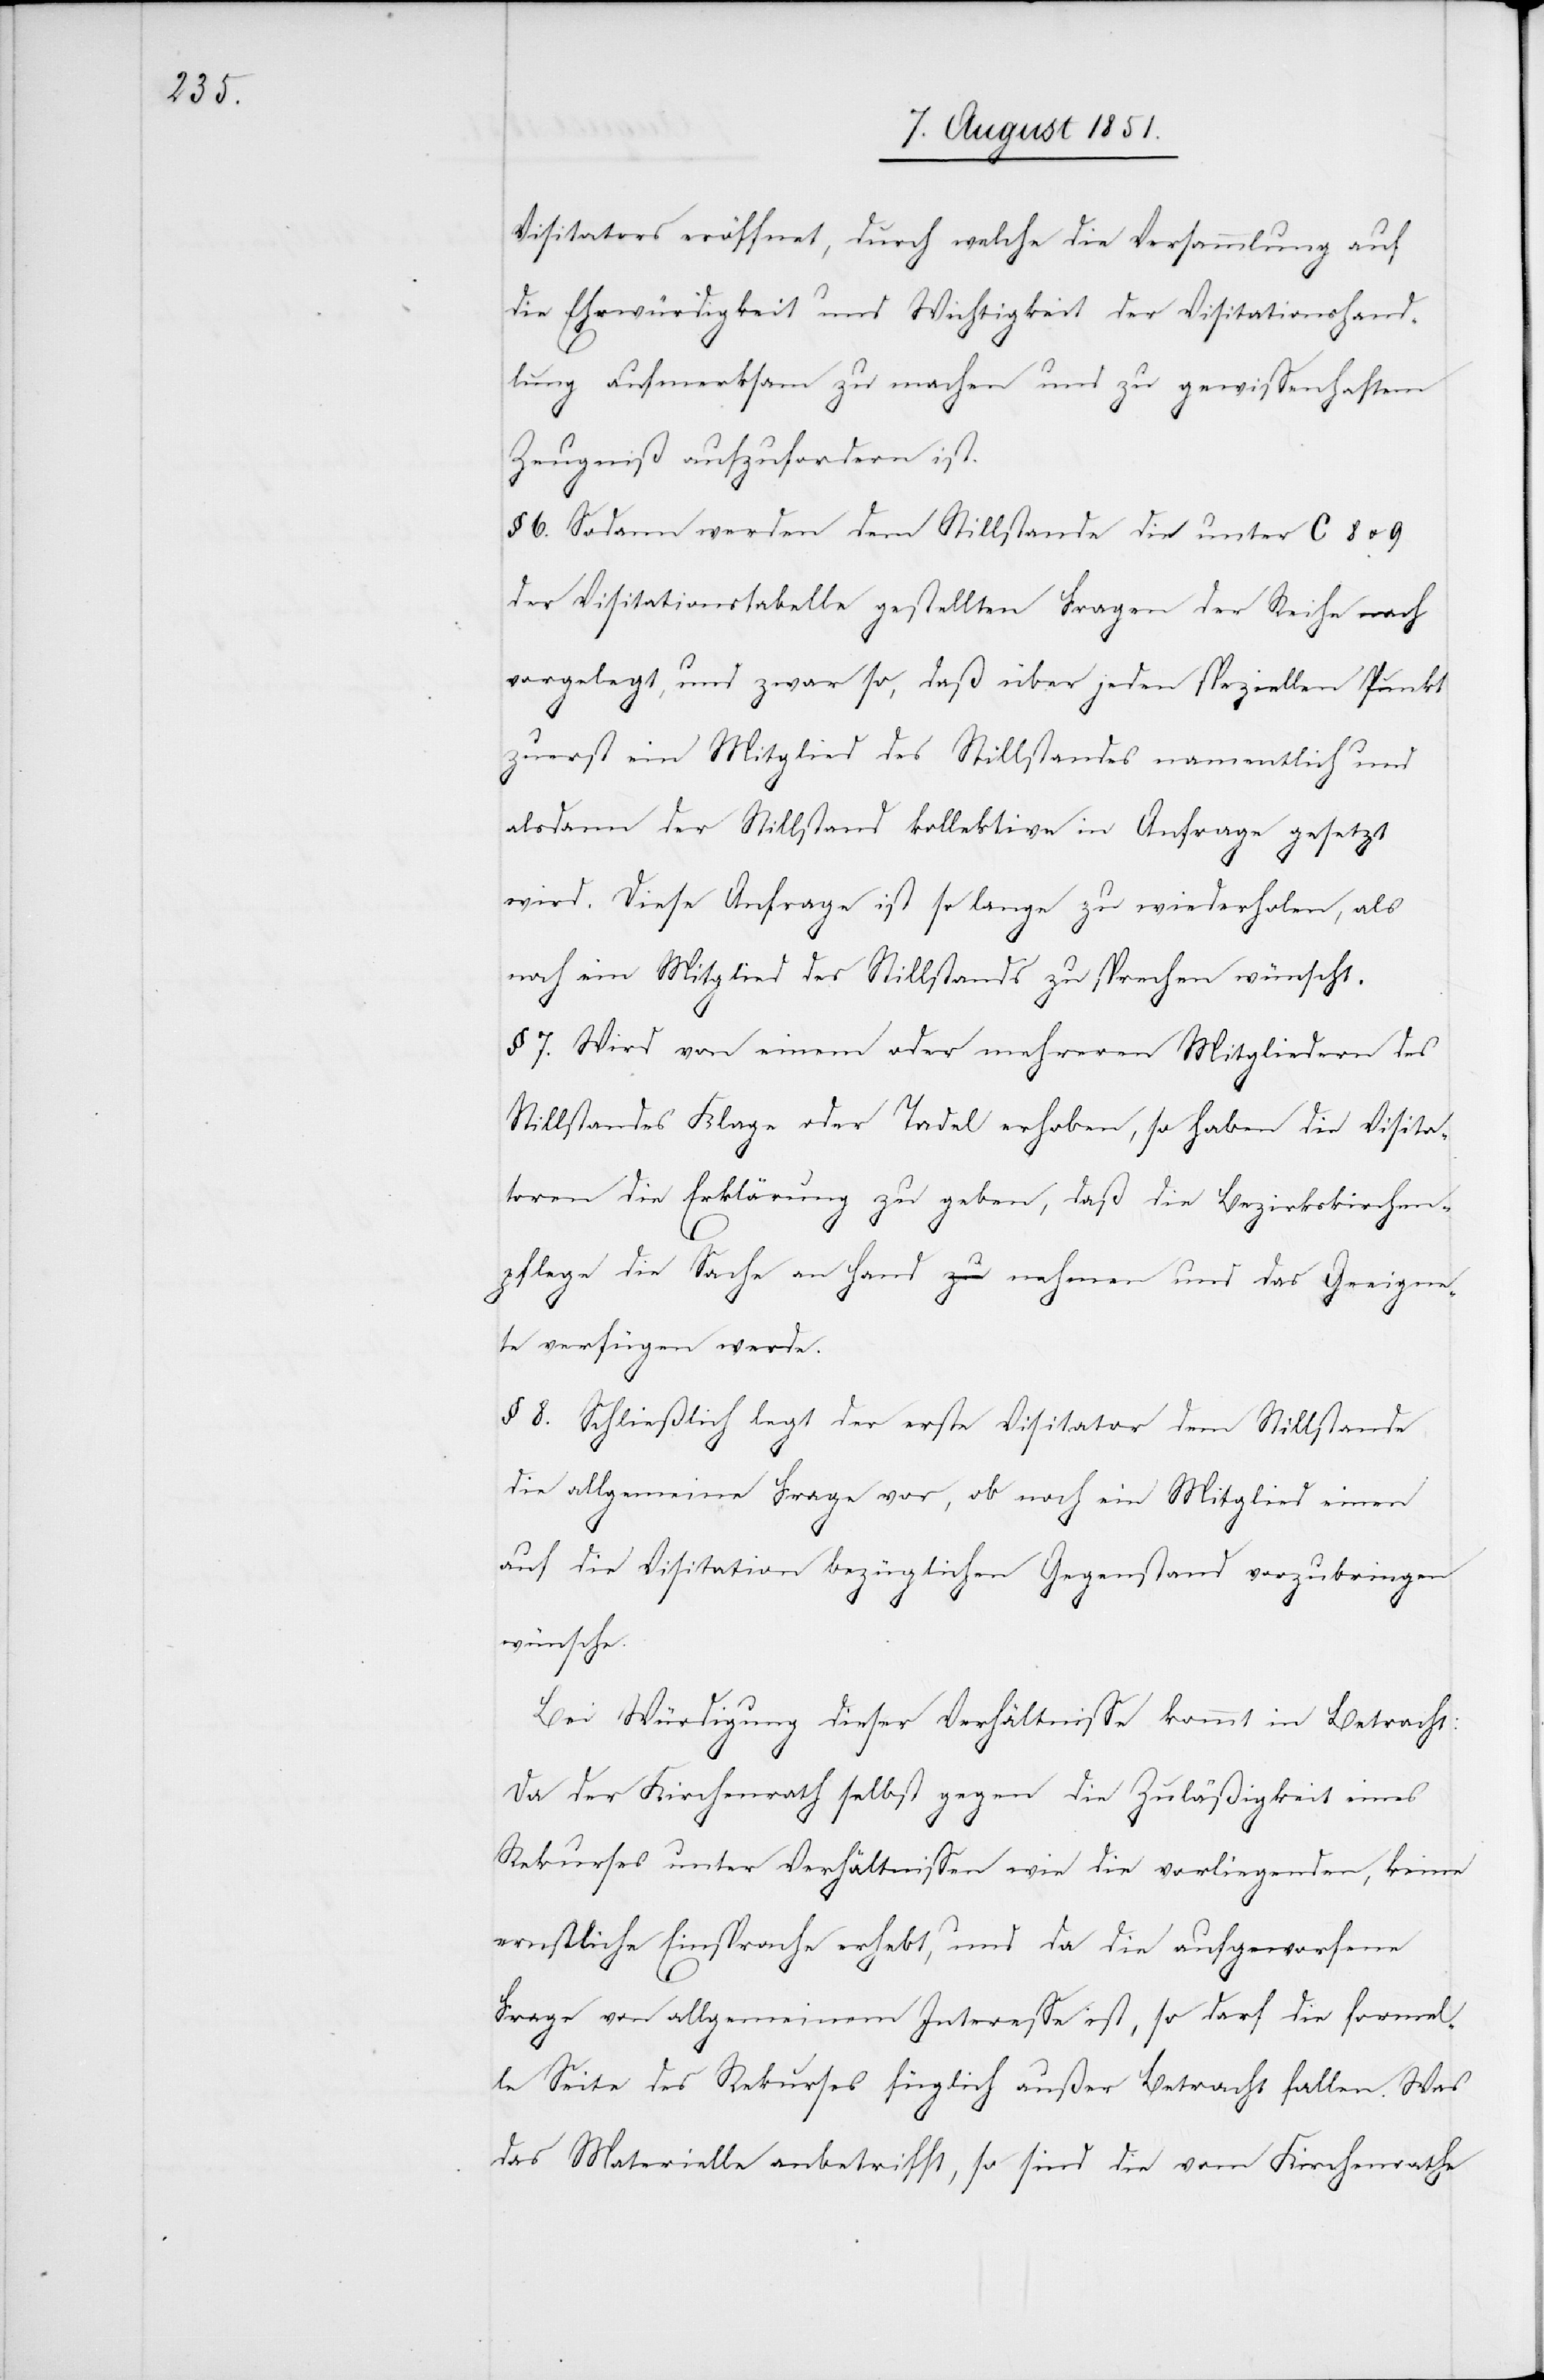
Visitators eröffnet, durch welche die Versammlung auf
die Ehrwürdigkeit und Wichtigkeit der Visitationshand¬
lung aufmerksam zu machen und zu gewissenhaftem
Zeugniß aufzufordern ist.
§ 6. Sodann werden dem Stillstande die unter C 8 u. 9
der Visitationstabelle gestellten Fragen der Reihe nach
vorgelegt, und zwar so, daß über jeden speziellen Punkt
zuerst ein Mitglied des Stillstandes namentlich und
alsdann der Stillstand kollektive in Anfrage gesetzt
wird. Diese Anfrage ist so lange zu wiederholen, als
noch ein Mitglied des Stillstands zu sprechen wünscht.
§ 7. Wird von einem oder mehreren Mitgliedern des
Stillstandes Klage oder Tadel erhoben, so haben die Visita¬
toren die Erklärung zu geben, daß die Bezirkskirchen¬
pflege die Sache an Hand nehmen und das Geeigne¬
te verfügen werde.
§ 8. Schließlich legt der erste Visitator dem Stillstande
die allgemeine Frage vor, ob noch ein Mitglied einen
auf die Visitation bezüglichen Gegenstand vorzubringen
wünsche.
Bei Würdigung dieser Verhältnisse kommt in Betracht:
Da der Kirchenrath selbst gegen die Zuläßigkeit eines
Rekurses unter Verhältnissen wie die vorliegenden, keine
ernstliche Einsprache erhebt, und da die aufgeworfene
Frage von allgemeinem Interesse ist, so darf die formel¬
le Seite des Rekurses füglich außer Betracht fallen. Was
das Materielle anbetrifft, so sind die vom Kirchenrathe